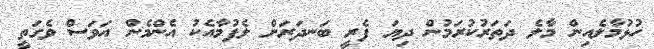
ހުޅުމާލެއިން މާލެ ދަތަރުކުރަމުން ދިޔަ ފެރީ ބަނދަރަށް ލެފުމާއެކު އެންމެން އަވަސް ވެގަތީ